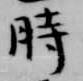
時